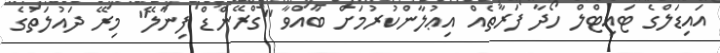
އައިޑަލްގެ ޓައިޓްލް ހޯދާ ފަރާތެއް އިޢުލާންކުރުމަށް ބާއްވާ "ގްރޭންޑް ފިނާލޭ" މިރޭ ދައުލަތުގެ